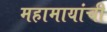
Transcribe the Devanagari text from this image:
महामायांची